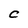
Character: C